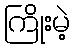
ကြိုးမဲ့